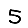
Digit: 5